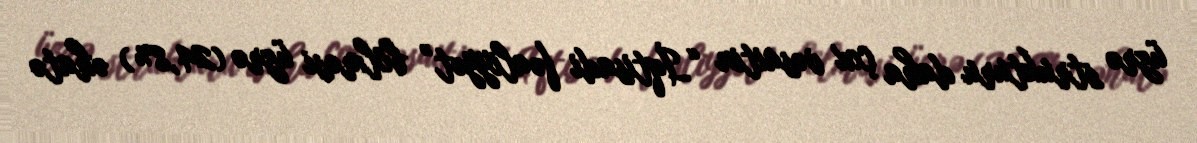
üzrə strukturu daha çox vəsaitin “İqtisadi fəaliyyət” bölməsi üzrə (24,8%) əhatə